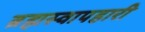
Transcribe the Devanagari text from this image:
ब्रह्मस्वापहारी